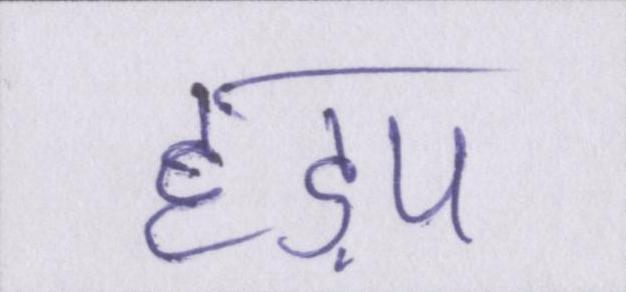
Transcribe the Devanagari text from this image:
हड़प